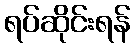
ရပ်ဆိုင်းရန်